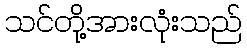
သင်တို့အားလုံးသည်